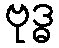
ဗုဒ္ဓ